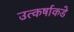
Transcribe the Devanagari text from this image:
उत्कर्षाकडे